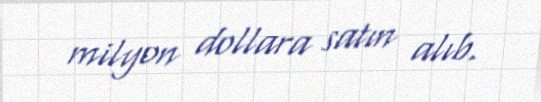
milyon dollara satın alıb.